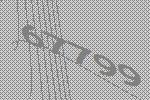
67799